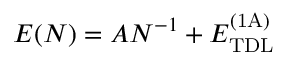
E ( N ) = A N ^ { - 1 } + E _ { \mathrm { T D L } } ^ { \mathrm { ( 1 A ) } }